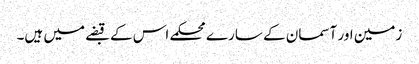
زمین اور آسمان کے سارے محکمے اس کے قبضے میں ہیں۔